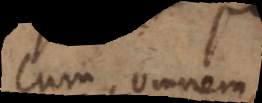
tum omnem